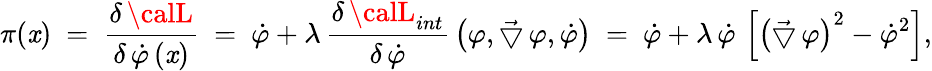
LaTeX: \pi(\mathit{x})~=~\frac{{\delta\, {\calL}}}{{\delta\, \dot{{\varphi}}\, (\mathit{x})}}~=~\dot{{\varphi}}+\lambda\, \frac{{\delta\, {\calL}_{int}}}{{\delta\, \dot{{\varphi}}}}\, \left(\varphi,\vec{{\bigtriangledown}}\, \varphi,\dot{{\varphi}}\right)~=~\dot{{\varphi}}+\lambda\, \dot{{\varphi}}\, \left[\left(\vec{{\bigtriangledown}}\, \varphi\right)^{2}-\dot{{\varphi}}^{2}\right],